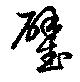
璧